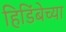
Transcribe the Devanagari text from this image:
हिडिंबेच्या